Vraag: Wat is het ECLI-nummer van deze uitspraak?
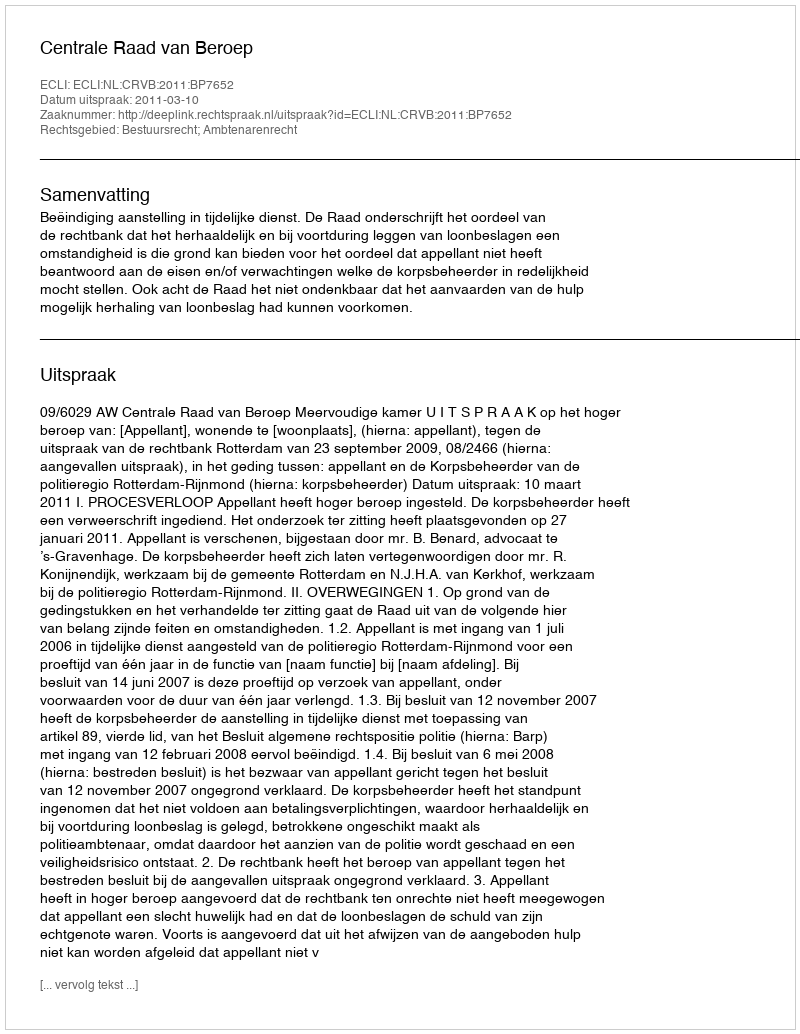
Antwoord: ECLI:NL:CRVB:2011:BP7652